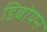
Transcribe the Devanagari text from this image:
डिबोयन